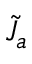
\tilde { J } _ { a }